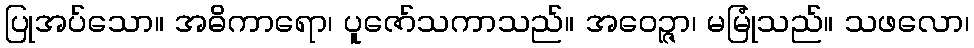
ပြုအပ်သော။ အဓိကာရော၊ ပူဇော်သကာသည်။ အဝေဉ္ဇာ၊ မမြုံသည်။ သဖလော၊